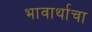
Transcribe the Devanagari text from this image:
भावार्थाचा